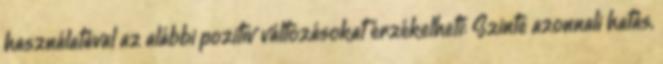
használatával az alábbi pozitív változásokat érzékelheti: Szinte azonnali hatás,